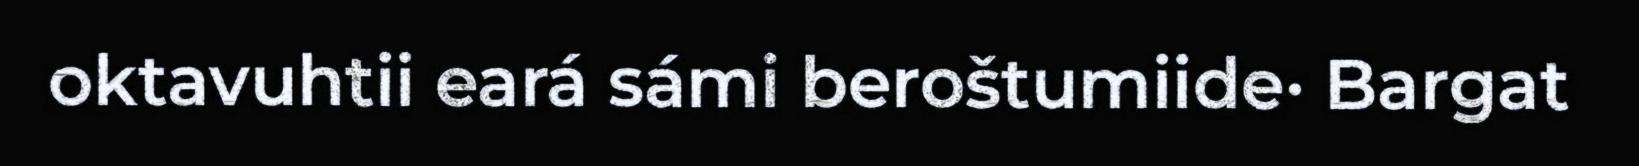
oktavuhtii eará sámi beroštumiide· Bargat